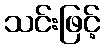
သင်းဖြင့်